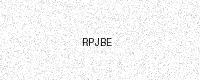
Text: RPJBE